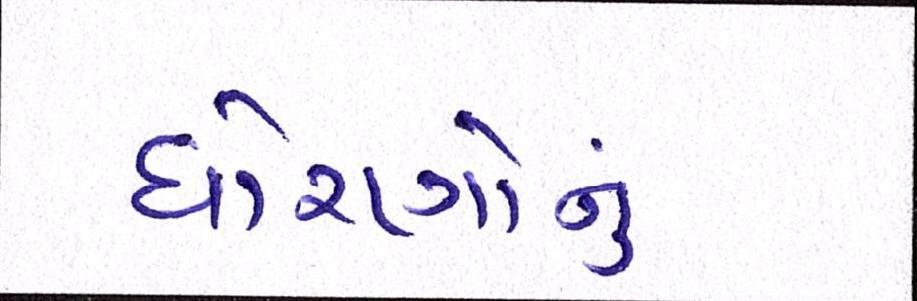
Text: ધોરણોનું